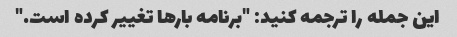
این جمله را ترجمه کنید: "برنامه بارها تغییر کرده است."